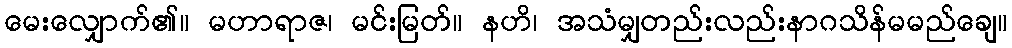
မေးလျှောက်၏။ မဟာရာဇ၊ မင်းမြတ်။ နဟိ၊ အသံမျှတည်းလည်းနာဂသိန်မမည်ချေ။